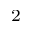
_ 2